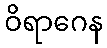
ဝိရာဂေန